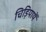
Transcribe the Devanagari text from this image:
चिड़ियायें